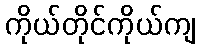
ကိုယ်တိုင်ကိုယ်ကျ